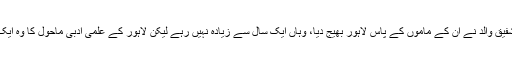
1937ء میں ہائی اسکول کا امتحان پاس کرنے کے بعد ان کے شفیق والد نے ان کے ماموں کے پاس لاہور بھیج دیا، وہاں ایک سال سے زیادہ نہیں رہے لیکن لاہور کے علمی ادبی ماحول کا وہ ایک سال اردو ادب سے بے پناہ لگاؤ ان کے دل میں پیدا کر چکا تھا۔